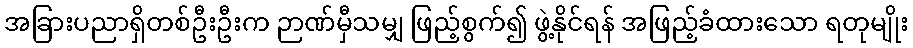
အခြားပညာရှိတစ်ဦးဦးက ဉာဏ်မှီသမျှ ဖြည့်စွက်၍ ဖွဲ့နိုင်ရန် အဖြည့်ခံထားသော ရတုမျိုး